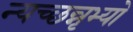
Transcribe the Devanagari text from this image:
न्यच्छन्नृभ्यो